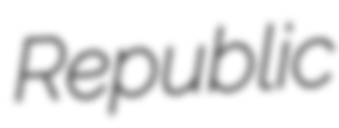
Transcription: Republic